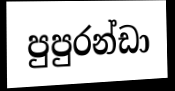
පුපුරන්ඩා